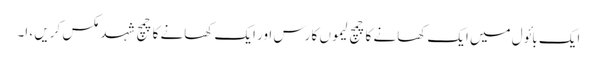
ایک بائول میں ایک کھانے کا چمچ لیموں کا رس اور ایک کھانے کا چمچ شہد مکس کریں ، ا۔